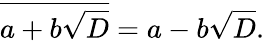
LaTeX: {\overline{{a+b{\sqrt{D}}}}}=a-b{\sqrt{D}}.